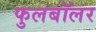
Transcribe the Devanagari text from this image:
फुलबॉलर